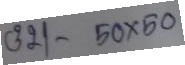
321 - 50 x 50